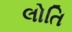
લોતિ